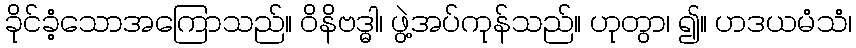
ခိုင်ခံ့သောအကြောသည်။ ဝိနိဗဒ္ဓါ၊ ဖွဲ့အပ်ကုန်သည်။ ဟုတွာ၊ ၍။ ဟဒယမံသံ၊